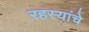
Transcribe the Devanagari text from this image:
रहस्यांचे